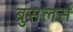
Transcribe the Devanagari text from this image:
ब्रुसलर्स